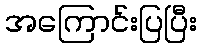
အကြောင်းပြပြီး